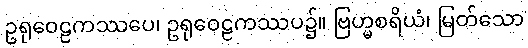
ဥရုဝေဠကဿပေ၊ ဥရုဝေဠကဿပ၌။ ဗြဟ္မစရိယံ၊ မြတ်သော